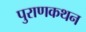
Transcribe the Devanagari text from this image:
पुराणकथन